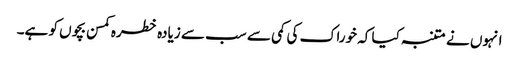
انہوں نے متنبہ کیا کہ خوراک کی کمی سے سب سے زیادہ خطرہ کمسن بچوں کو ہے۔